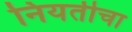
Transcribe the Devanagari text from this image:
नियतीचा